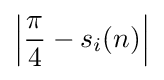
\left|{\frac {\pi }{4}}-s_{i}(n)\right|